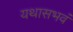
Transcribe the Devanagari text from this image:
यथासभवं